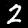
Digit: 2